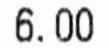
6.00